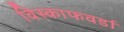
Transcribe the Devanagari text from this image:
विस्काफवर्डा